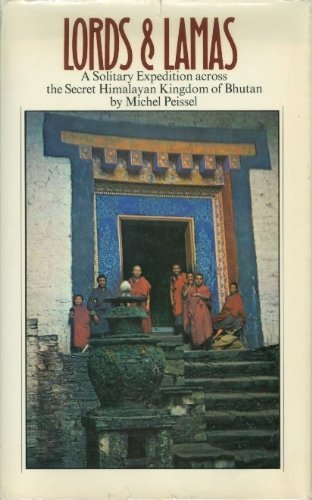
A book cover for Lords and lamas: A solitary expedition across the secret Himalayan kingdom of Bhutan; Michel Peissel; Travel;